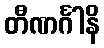
တီဏင်္ဂါနိ